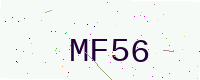
Text: MF56